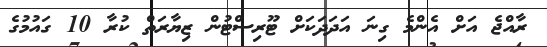
ރާއްޖެ އަށް އެންމެ ގިނަ އަދަދަކަށް ޓޫރިސްޓުން ޒިޔާރަތް ކުރާ 10 ގައުމުގެ